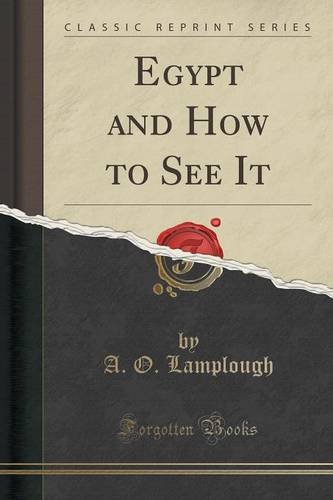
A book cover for Egypt and How to See It (Classic Reprint); A. O. Lamplough; Travel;